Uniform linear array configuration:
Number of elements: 32
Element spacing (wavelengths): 0.25
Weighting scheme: exponential
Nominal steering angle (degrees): -15
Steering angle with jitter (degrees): -13.498
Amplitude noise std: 0.05
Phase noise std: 0.05

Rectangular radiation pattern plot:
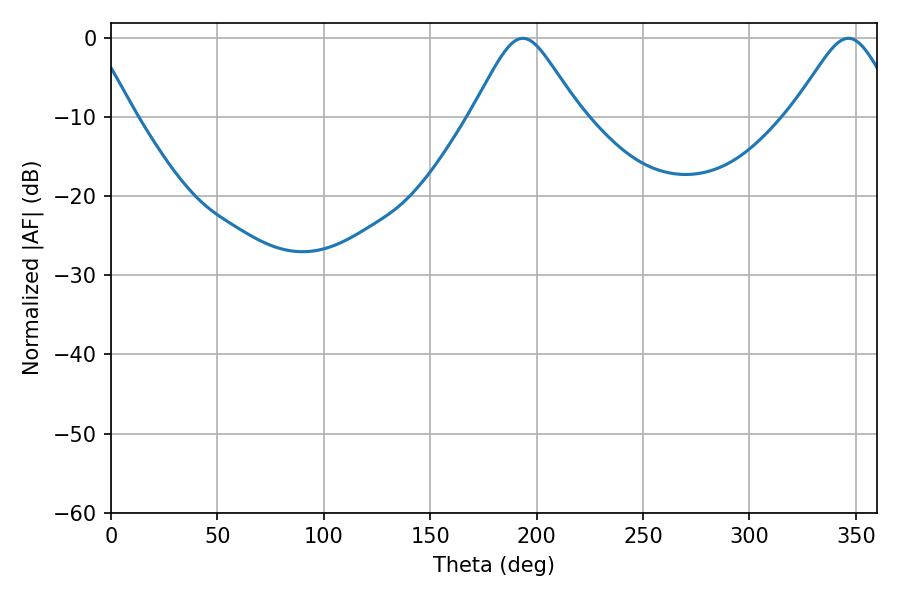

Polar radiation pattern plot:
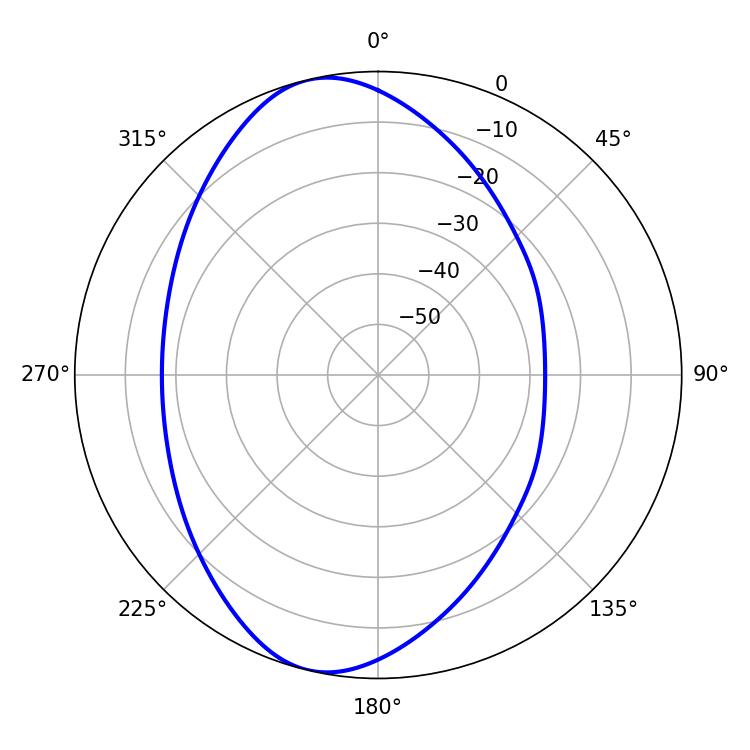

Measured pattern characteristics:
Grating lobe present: FALSE
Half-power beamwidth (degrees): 24.3
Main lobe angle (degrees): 193.5